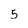
Character: 5